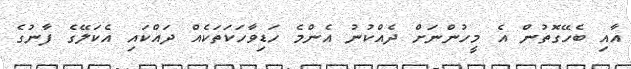
އާއި ބެހޭގޮތުން އެ މީހުންނަށް ދެއްކުނު އެންމެ ހަޑިވާހަކަތަކެއް ދައްކައި އެކަލޭގެ ފާނުގެ